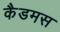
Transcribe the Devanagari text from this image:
कैडमस